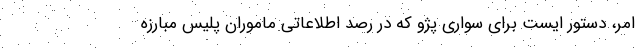
امر، دستور ایست برای سواری پژو که در رصد اطلاعاتی ماموران پلیس مبارزه